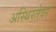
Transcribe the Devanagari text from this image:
अस्थिरतेवर